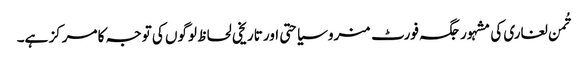
تُمن لغاری کی مشہور جگہ فورٹ منرو سیاحتی اور تاریخی لحاظ لوگوں کی توجہ کا مرکز ہے۔